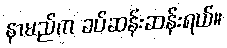
နာမည်က ခပ်ဆန်းဆန်းရယ်။